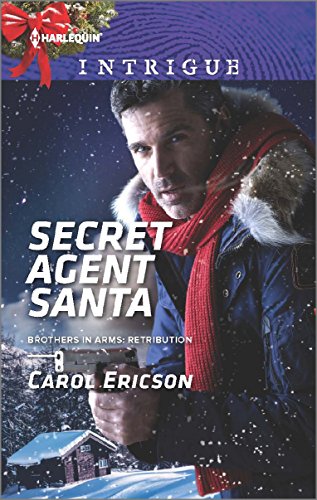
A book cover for Secret Agent Santa (Brothers in Arms: Retribution); Carol Ericson; Romance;